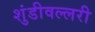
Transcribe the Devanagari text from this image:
शुंडीवल्लरी